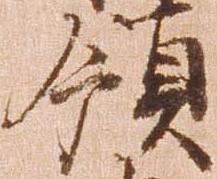
領